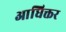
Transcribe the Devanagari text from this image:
आधिक्तर